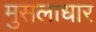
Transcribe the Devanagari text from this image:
मुसलाधार